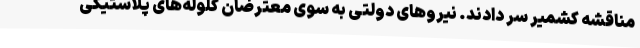
مناقشه کشمیر سر دادند. نیروهای دولتی به سوی معترضان گلوله‌های پلاستیکی